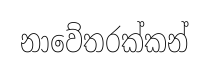
නාවේතරක්කන්